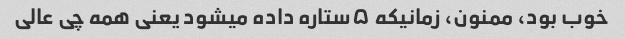
خوب بود، ممنون، زمانیکه ۵ستاره داده میشود یعنی همه چی عالی